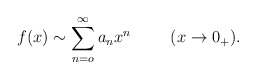
\begin{align*}f(x)\sim\sum _{n=o}^\infty a_n x^n \hspace{1cm} (x\rightarrow 0_+).\end{align*}